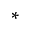
^ *